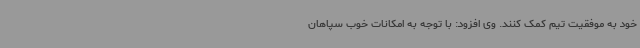
خود به موفقیت تیم کمک کنند. وی افزود: با توجه به امکانات خوب سپاهان